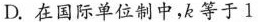
D.在国际单位制中，k等于1